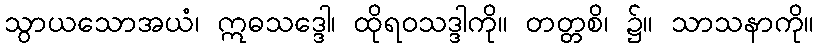
သွာယသောအယံ၊ ဣဓသဒ္ဒေါ၊ ထိုရဝသဒ္ဒါကို။ တတ္တစိ၊ ၌။ သာသနာကို။